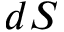
d S